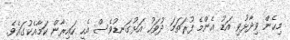
މިހެން ވިދާޅުވި އަޑު އެންމެ ފުރަތަމަ ދުވަހު އަޅުގަނޑުވެސް އެހީ ހައިރާން ކަމާއެކުގައެވެ.